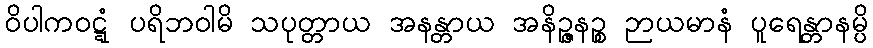
ဝိပါကဝဋ္ဋံ ပရိဘဝါမိ သပုတ္တာယ အနန္တာယ အနိဉ္ဇနဉ္စ ဉာယမာနံ ပူရေန္တာနမ္ပိ